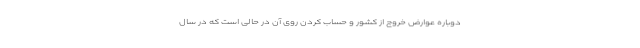
دوباره عوارض خروج از کشور و حساب کردن روی آن در حالی است که در سال